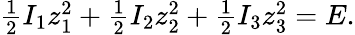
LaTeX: \begin{array}{r}{\frac 12I_{1}z_{1}^{2}+\frac 12I_{2}z_{2}^{2}+\frac 12I_{3}z_{3}^{2}=E.}\end{array}